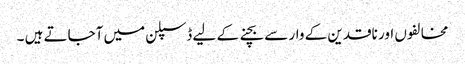
مخالفوں اور ناقدین کے وار سے بچنے کے لیے ڈسپلن میں آجاتے ہیں ۔